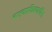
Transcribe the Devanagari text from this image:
नाट्यप्रशिक्षणार्थींना